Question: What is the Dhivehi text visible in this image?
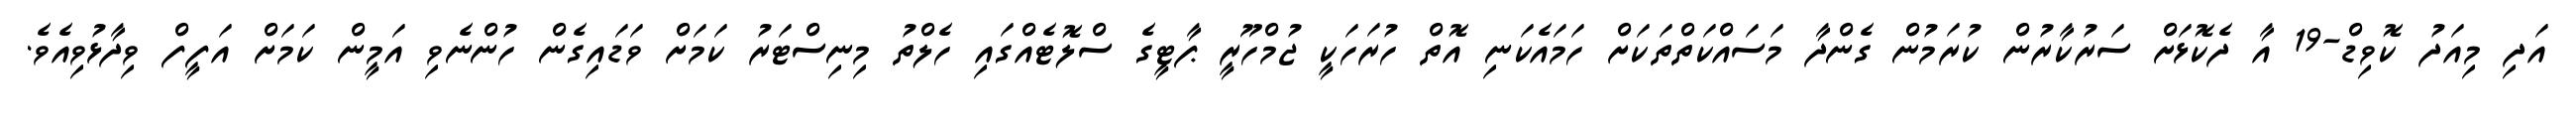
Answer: އަދި މިއަދު ކޮވިޑް-19 އާ ދެކޮޅަށް ސަރުކާރުން ކުރަމުން ގެންދާ މަސައްކަތްތަކަށް ހަމައެކަނި އޮތް ހުރަހަކީ ޖުމްހޫރީ ޕާޓީގެ ސްލޮޓެއްގައި ހެލްތު މިނިސްޓަރު ކަމަށް ވަޑައިގެން ހުންނެވި އަމީން ކަމަށް އަފީފް ވިދާޅުވިއެވެ.